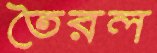
তৈরল